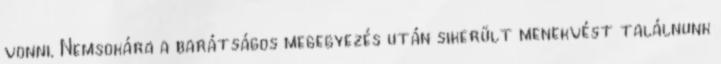
vonni. Nemsokára a barátságos megegyezés után sikerült menekvést találnunk